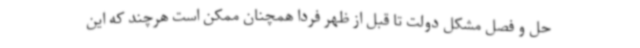
حل و فصل مشکل دولت تا قبل از ظهر فردا همچنان ممکن است هرچند که این